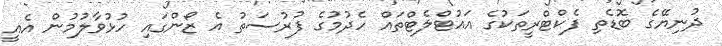
ދުނިޔޭގެ ބޮޑެތި ފެކްޓްރީތަކުގެ އައުޓްލެޓްތައް ހެދުމުގެ ފުރުސަތު އެ ޒޯންގައި ހުޅުވާލުމުން އެއީ